Trukikaitis_Postimees, lk 54
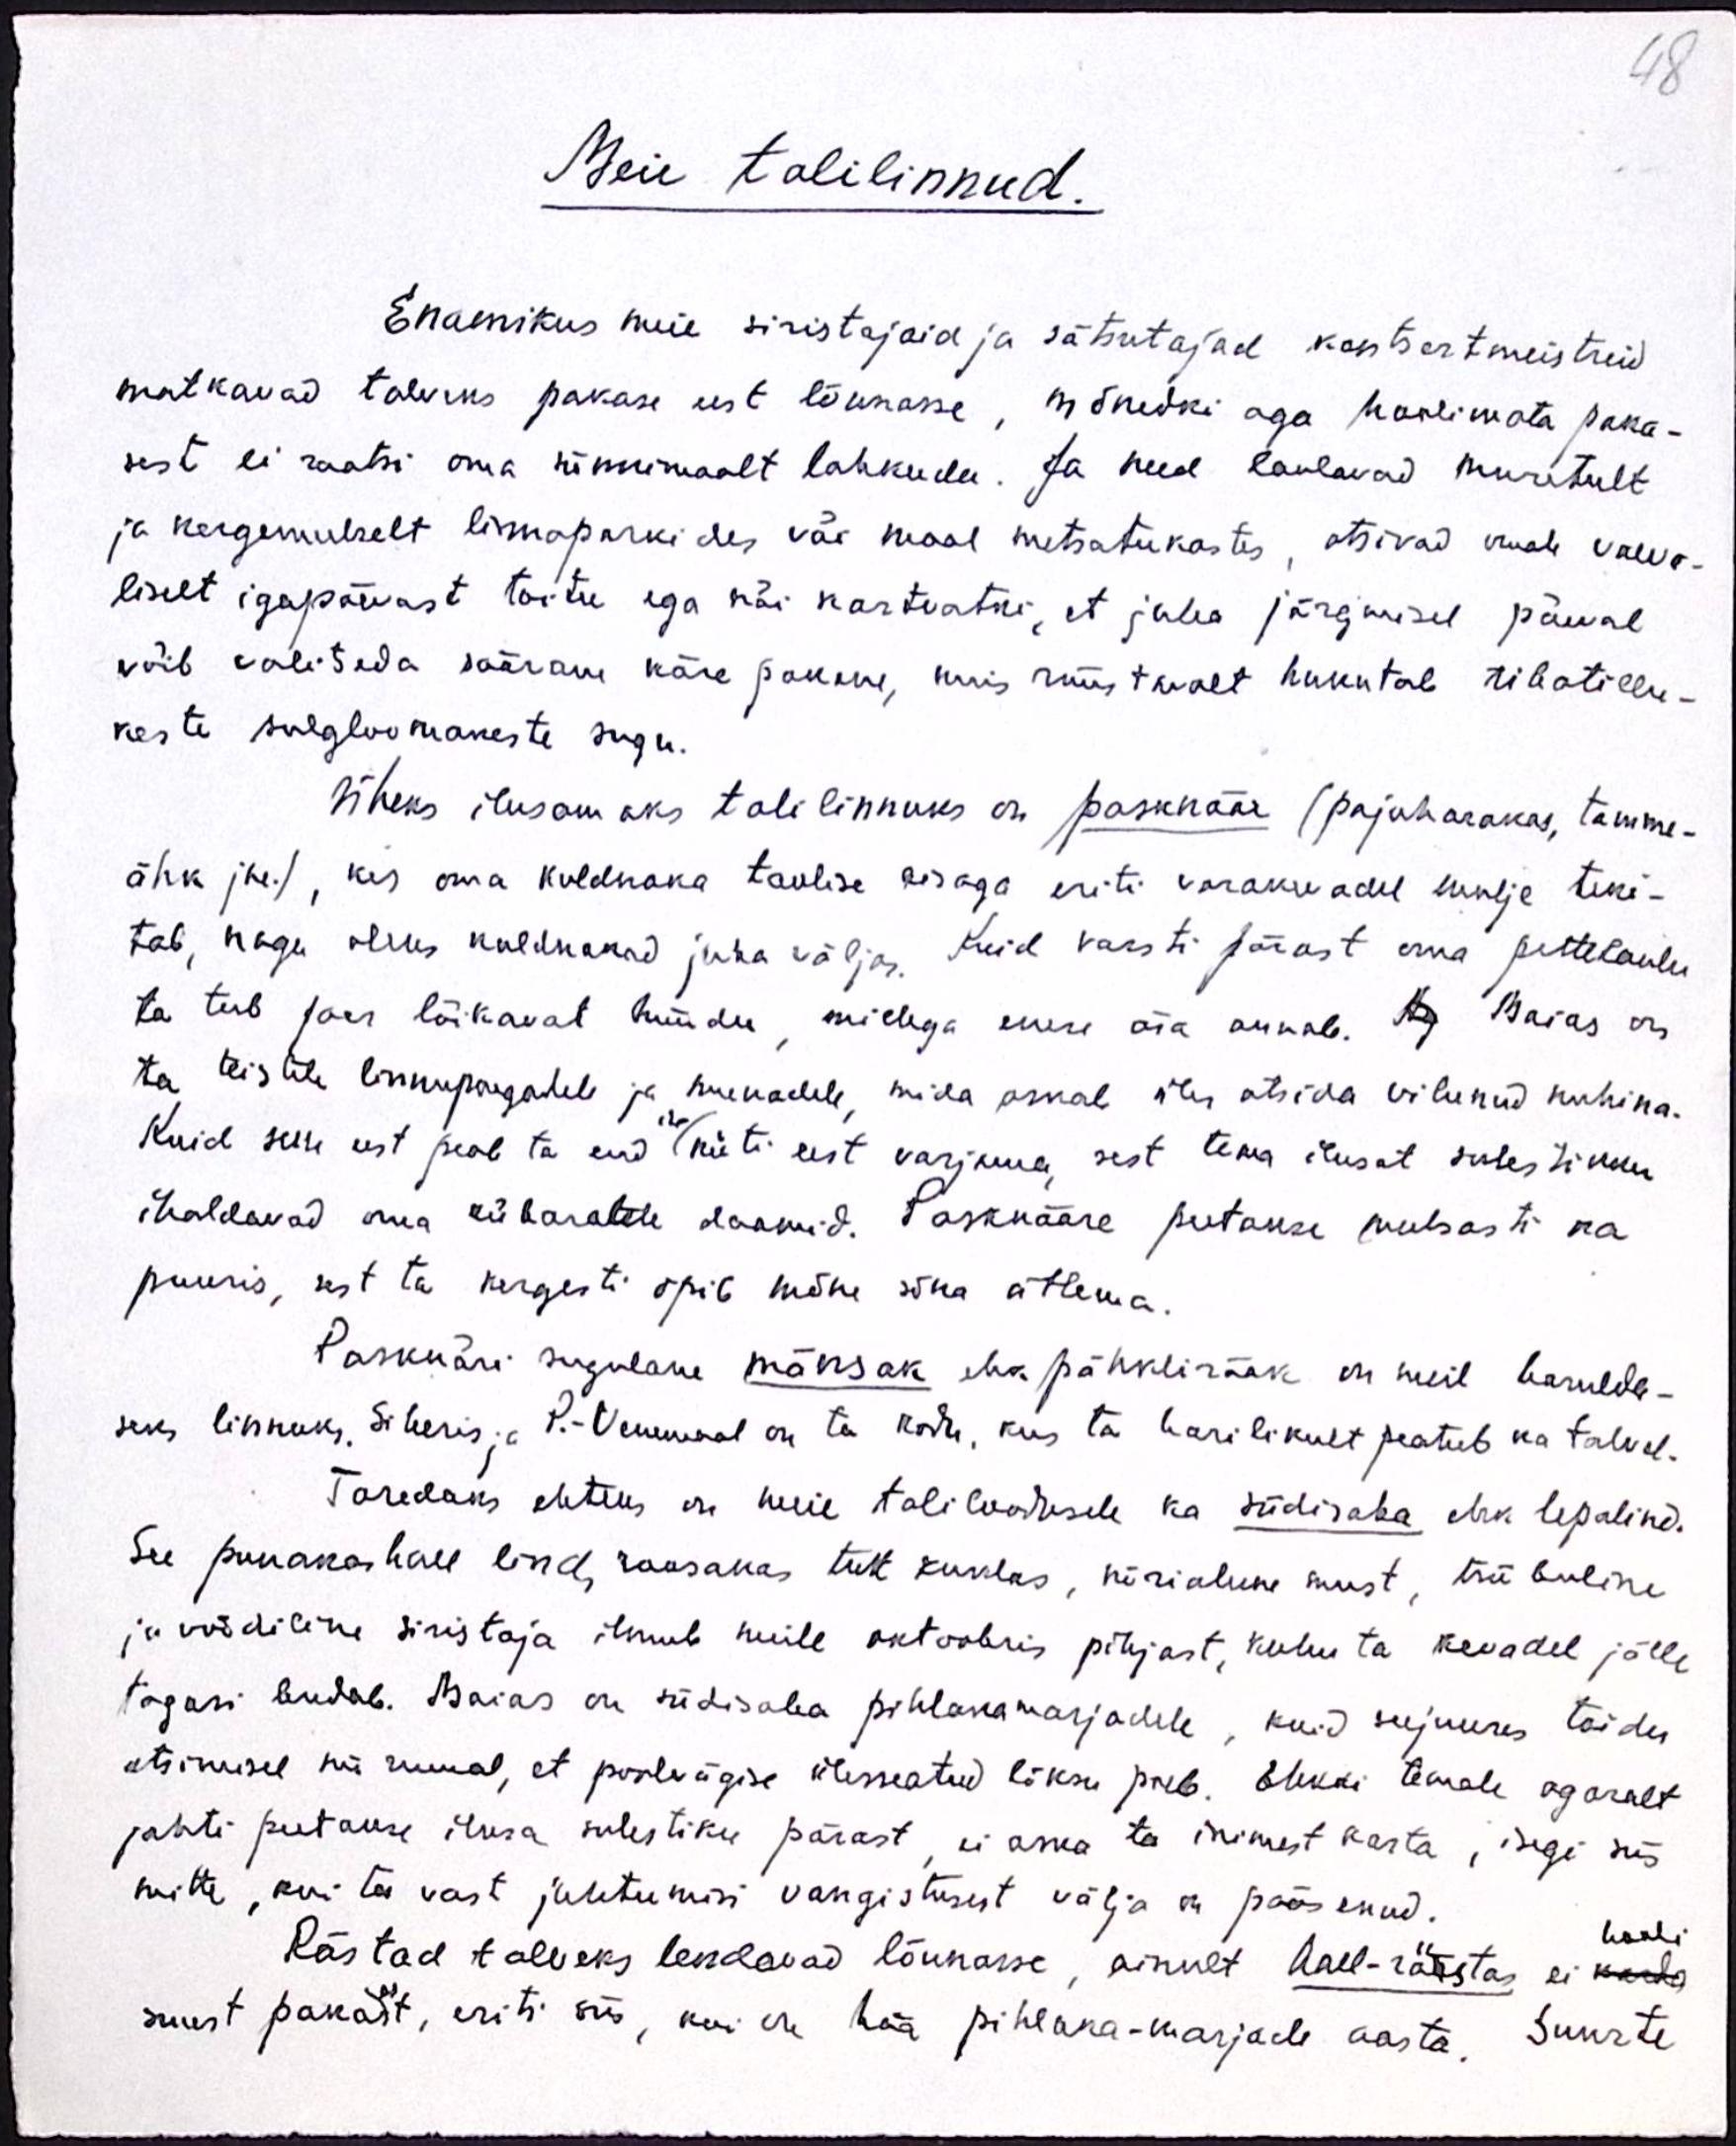
48

Meie talilinnud.
Enamikus meie siristajaid ja sätsutajad kontsertmeistreid
matkavad talveks pakase eest lõunasse, mõnedki aga hoolimata paka-
sest ei raatsi oma sünnimaalt lahkuda. Ja need laulavad muretult
ja kergemeelselt linnaparkides väi maal metsatukastes, otsivad omale vaeva-
liselt igapäevast toitu ega näi kartvatki, et juba järgmisel päeval
võib valitseda säärane käre pakane, mis rüüstavalt hukutab tibatillu-
keste sulgloomakeste sugu.
Üheks ilusamaks talilinnuks on pasknäär (pajuharakas, tamme-
ähk jne), kes oma kuldnoka taolise kisaga eriti varakevadel mulje teki-
tab, nagu oleks kuldnokad juba väljas. Kuid varsti pärast oma pettelaulu
ta teeb paar lõikavat hüüdu, millega enese ära annab. Maias on
ta teistele linnupoegadele ja munadele mida oskab üles otsida vilunud nuhina.
Kuid selle eest peab ta end küti eest varjama, sest tema ilusat sulestikku
ise
ihaldavad oma kübaratele daamid. Pasknääre peetakse meelsasti ka
puuris, sest ta kergesti õpib mõne sõna ütlema
Pasknäri sugulane mansak ehk pähklirääk on meil harulda-
seks linnuks. Siberis, P.-Venemaal on ta kodu, kus ta harilikult peatub ka talvel.
Toredaks ehtseks on meie taliloodusele ka siidisaba ehk lepalind.
See punakas all lind roosakas tutt kuklas, kõrialune must, triibuline
ja vöödiline siristaja ilmub meile oktoobris põhjast, kuhuta kevadel jälle
tagasi lendab. Maias on siidisaba pihlakamarjadele, kuid seejuures toidu
otsimisel nii rumal, et poolvägise ülesseatud lõksu poeb. Ehkki temale agaralt
jahti peetakse ilusa sulestiku pärast, ei oska ta inimest karta, isegi siis
mitte, kui ta vast juhtumisi vangistusest välja on pääsenud.
Rästad talveks lendavad lõunasse, ainult hall-rästas ei karda
hooli.
suurt pakasest, eriti siis, kui on hää pihlaka-marjade aasta. Suurte